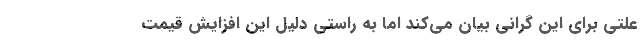
علتی برای این گرانی بیان می‌کند اما به راستی دلیل این افزایش قیمت